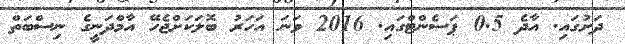
ދަށުގައި. އާދެ 0.5 ޕަސެންޓްގައި. 2016 ވަނަ އަހަރު ބޮލަކަށްޖެހޭ އާމްދަނީގެ ނިސްބަތް